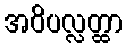
အဝိပလ္လတ္ထာ